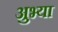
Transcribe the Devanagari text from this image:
अुभ्या